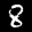
Label: 8